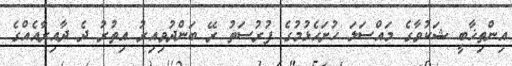
އިންތިޚާބީ ޝަކުވާގެ މައްސަލަ ހުށަހެޅުމުގެ ފުރުސަތު ރޭ ބަންދުވިއިރު އިތުރު ދެ ދާއިރާއެއްގެ